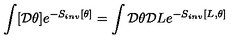
\int [ { \mathcal D } \theta ] e ^ { - S _ { i n v } [ \theta ] } = \int { \mathcal D } \theta { \mathcal D } L e ^ { - S _ { i n v } [ L , \theta ] }